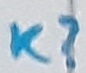
Text: K?